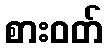
စားဝတ်